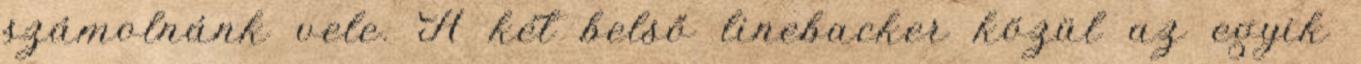
számolnánk vele. A két belső linebacker közül az egyik